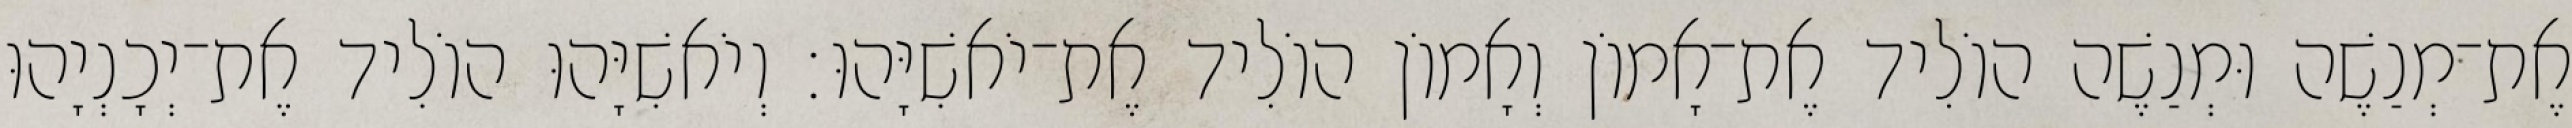
אֶת־מְנַשֶׁה וּמְנַשֶׁה הוֹלִיד אֶת־אָמוֹן וְאָמוֹן הוֹלִיד אֶת־יֹאשִׁיָּהוּ׃ וְיֹאשִׁיָּהוּ הוֹלִיד אֶת־יְכָנְיָהוּ